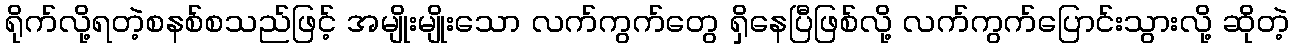
ရိုက်လို့ရတဲ့စနစ်စသည်ဖြင့် အမျိုးမျိုးသော လက်ကွက်တွေ ရှိနေပြီဖြစ်လို့ လက်ကွက်ပြောင်းသွားလို့ ဆိုတဲ့